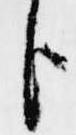
臣